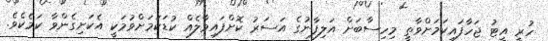
ހުރީ އީޓު ޖަހާފައިކަމަށްވާތީ މިހިސާބަށް އަލިފާނުގެ އަސަރު ކޮށްފައިވާލެއް ކުޑަކަމަށްވުމަކީ އެކަށިގެންވާ ކަމެކެވެ.